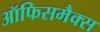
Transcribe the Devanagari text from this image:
ऑफिसमैक्स